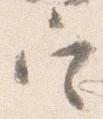
定